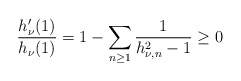
\begin{align*}\frac{h_{\nu}'(1)}{h_{\nu}(1)}=1-\sum_{n\geq1}\frac{1}{h_{\nu,n}^2-1}\geq0\end{align*}